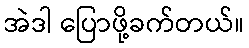
အဲဒါ ပြောဖို့ခက်တယ်။